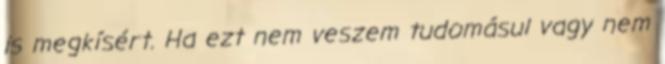
is megkísért. Ha ezt nem veszem tudomásul vagy nem